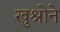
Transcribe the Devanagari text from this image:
खुश्रोने